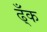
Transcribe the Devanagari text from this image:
ढ्ँक